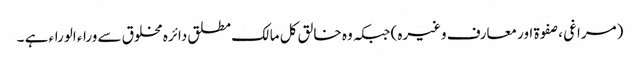
(مراغی ، صفوۃ اور معارف وغیرہ) جبکہ وہ خالق کل مالک مطلق دائرہ مخلوق سے وراء الوراء ہے ۔